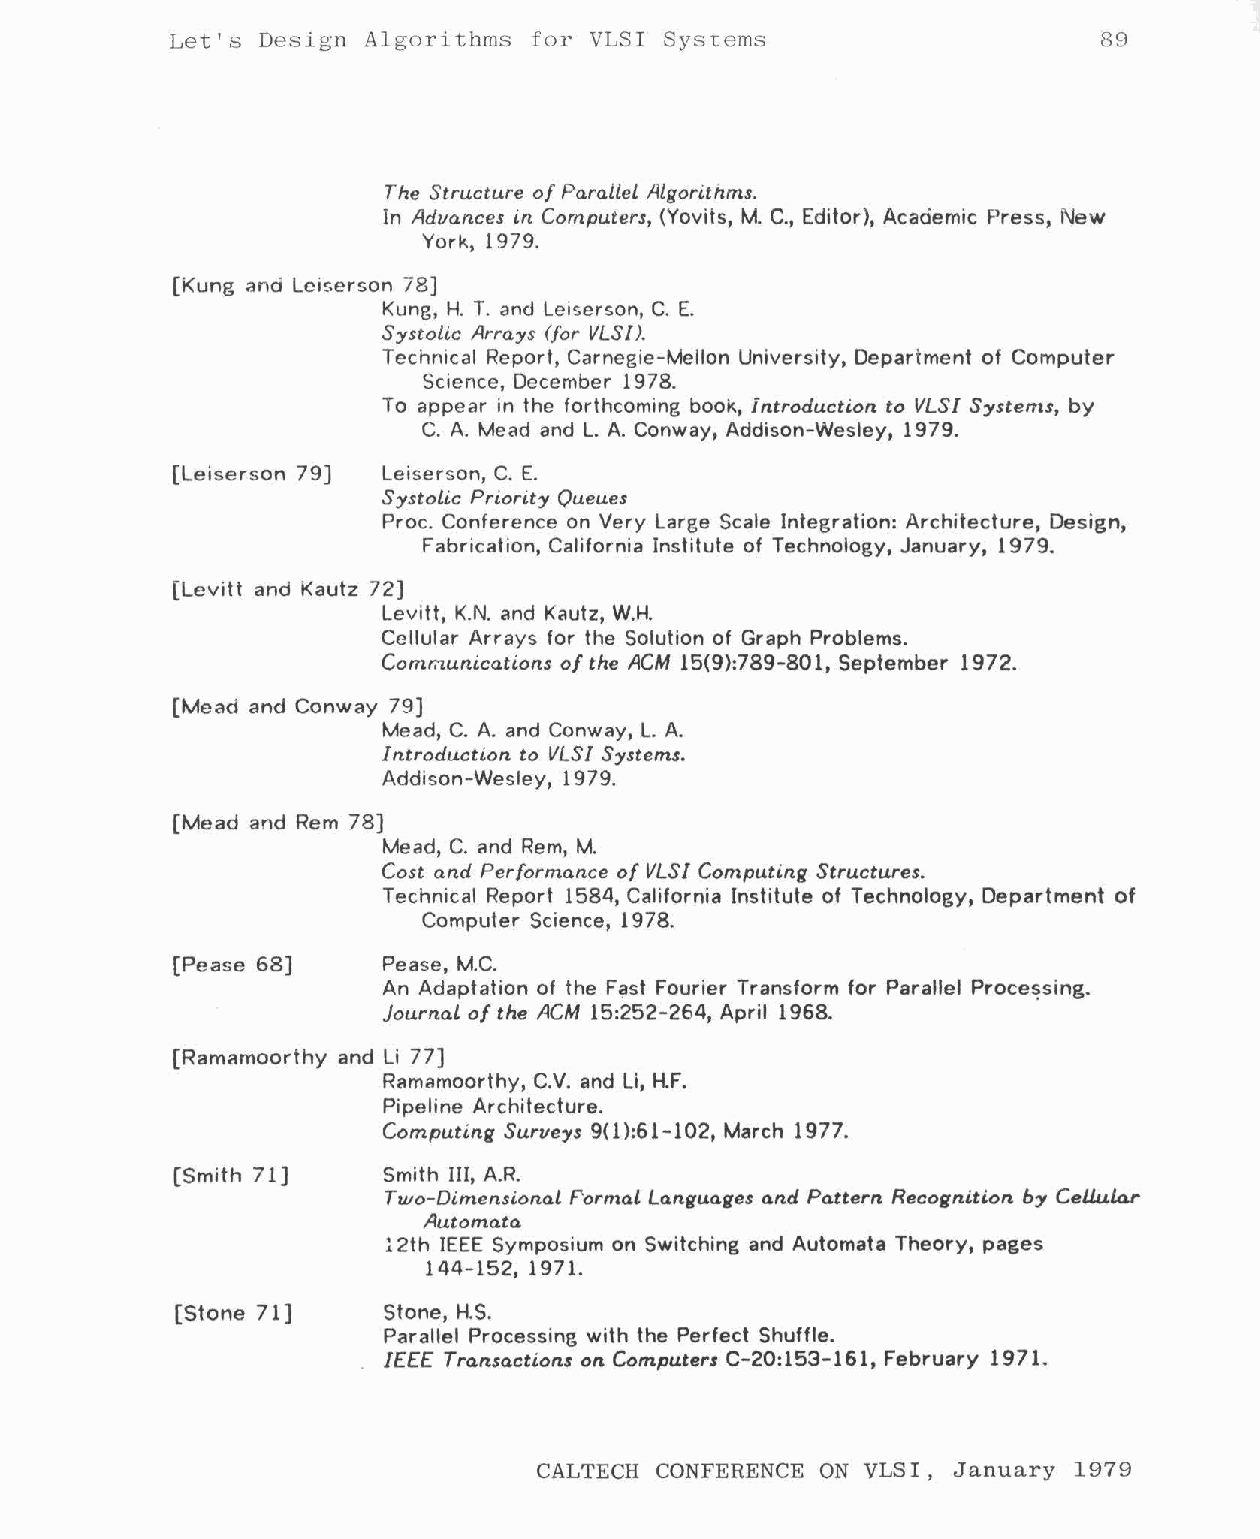
Let 's Design Algor ithms £or VLSI                            89
 Sys~ems
 The Structure of Parallel Algorithms.
 In Advances in Computers, (Yovits, M. C., Editor), Academic Press, New
 York, 1979.
 [Kung and Lciserson 78]
 Kung, H. T. and Leiserson, C. E.
 Systolic Arrays (for VLS[).
 Technical Report, Carnegie-Mellon University, Department of Computer
 Science, December 1978.
 To appear in the forthcoming book, introduction to VLSI Systems, by
 C. A. Mead and L. A. Conway, Addison-Wesley, 1979.
 [Leiserson 79] Leiserson, C. E.
 Systolic Priority Queues
 Proc. Conference on Very Large Scale Integration: Architecture, Design,
 Fabrication, California Institute of Technology, January, 1979.
 [Levitt and Kautz 72]
 Levitt, K.N. and Kautz, W.H.
 Cellular Arrays for the Solution of Graph Problems.
 Communications of the ACM 15(9):789-801, September 1972.
 [Mead and Conway 79]
 Mead, C. A. and Conway, L. A.
 Introduction to VLSI Systems.
 Addison-Wesley, 1979.
 [Mead and Rem 78]
 Mead, C. and Rem, M.
 Cost and Performance of VLSI Computing Structures.
 Technical Report 1584, California Institute of Technology, Department of
 Computer Science, 1978.
 [Pease 68)    Pease, M.C.
 An Adaptation of the F?st Fourier Transform for Parallel Proce~sing.
 Journal of the ACM 15:252-264, April 1968.
 [Ramamoorthy and Li 77)
 Ramamoorthy, C.V. and Li, H.F.
 Pipeline Architecture.
 Computing Surveys 9(1}:61-102, March 1977.
 [Smith 71]    Smith III, A.R.
 Two-Dimensional Pormal Languages and Pattern Recognition by Cell.u.la.r
 Automata
 12th IEEE Symposium on Switching and Automata Theory, pages
 144-152, 1971.
 [Stone 71]    Stone, H.S.
 Parallel Processing with the Perfect Shuffle.
 IE££ Transactions on Computers C-20:153-161, February 1971.
 CALTECH CONFERENCE ON VLSI, January 1979